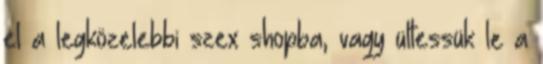
el a legközelebbi szex shopba, vagy ültessük le a